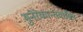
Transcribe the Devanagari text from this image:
मुनेरेकान्तवासिनः